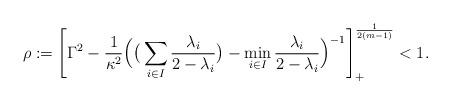
LaTeX: \begin{align*}\rho :=\left[\Gamma^2 -\frac{1}{\kappa^2}\Big(\big(\sum_{i\in I}\frac{\lambda_i}{2-\lambda_i}\big) -\min_{i\in I}\frac{\lambda_i}{2-\lambda_i}\Big)^{-1}\right]_+^\frac{1}{2(m-1)} <1.\end{align*}